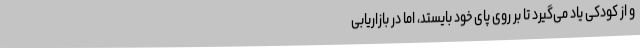
و از کودکی یاد می‌گیرد تا بر روی پای خود بایستد، اما در بازاریابی